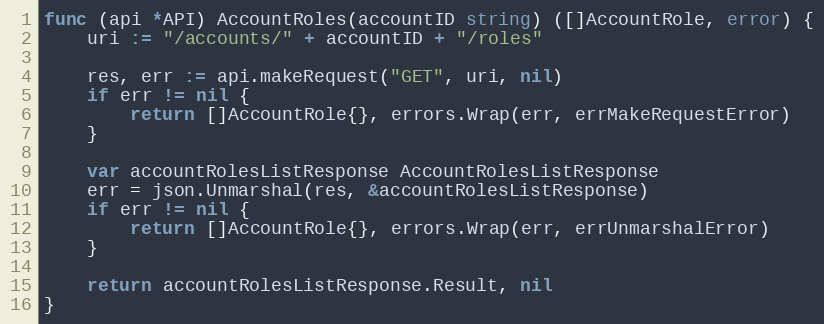
Language: Go
func (api *API) AccountRoles(accountID string) ([]AccountRole, error) {
	uri := "/accounts/" + accountID + "/roles"

	res, err := api.makeRequest("GET", uri, nil)
	if err != nil {
		return []AccountRole{}, errors.Wrap(err, errMakeRequestError)
	}

	var accountRolesListResponse AccountRolesListResponse
	err = json.Unmarshal(res, &accountRolesListResponse)
	if err != nil {
		return []AccountRole{}, errors.Wrap(err, errUnmarshalError)
	}

	return accountRolesListResponse.Result, nil
}